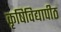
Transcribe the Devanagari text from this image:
कृषिविद्यापीठ